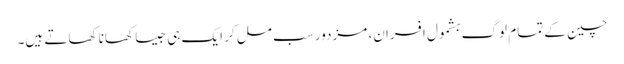
چین کے تمام لوگ بشمول افسران، مزدور سب مل کر ایک ہی جیسا کھانا کھاتے ہیں۔